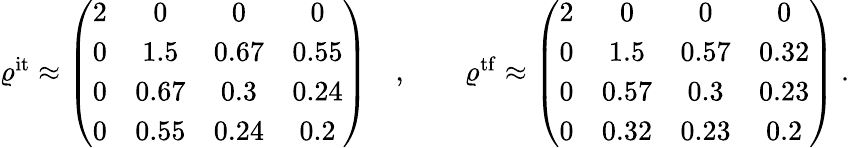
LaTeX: \begin{array}{r}{\varrho^{\mathrm{it}}\approx\left(\begin{array}{cccc}{2}&{0}&{0}&{0}\\ {0}&{1.5}&{0.67}&{0.55}\\ {0}&{0.67}&{0.3}&{0.24}\\ {0}&{0.55}&{0.24}&{0.2}\end{array}\right)\quad,\qquad\varrho^{\mathrm{tf}}\approx\left(\begin{array}{cccc}{2}&{0}&{0}&{0}\\ {0}&{1.5}&{0.57}&{0.32}\\ {0}&{0.57}&{0.3}&{0.23}\\ {0}&{0.32}&{0.23}&{0.2}\end{array}\right)\ .}\end{array}